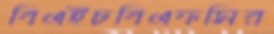
বিএইচবিএফসির